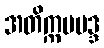
အတိက္ကမမဒ္ဒ